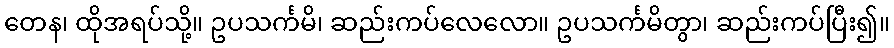
တေန၊ ထိုအရပ်သို့။ ဥပသင်္ကမိ၊ ဆည်းကပ်လေလော။ ဥပသင်္ကမိတွာ၊ ဆည်းကပ်ပြီး၍။